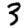
Digit: 3